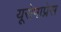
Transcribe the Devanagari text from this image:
यूरोपाप्रेस